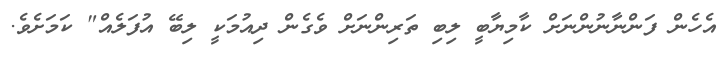
އެހެން ފަންނާނުންނަށް ކާމިޔާބީ ލިބި ތަރިންނަށް ވެގެން ދިއުމަކީ ލިބޭ އުފަލެއް" ކަމަށެވެ.